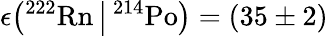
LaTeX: \epsilon\big({}^{222}\mathrm{Rn}\, \big|\, {}^{214}\mathrm{Po}\big)=(35\pm 2)\